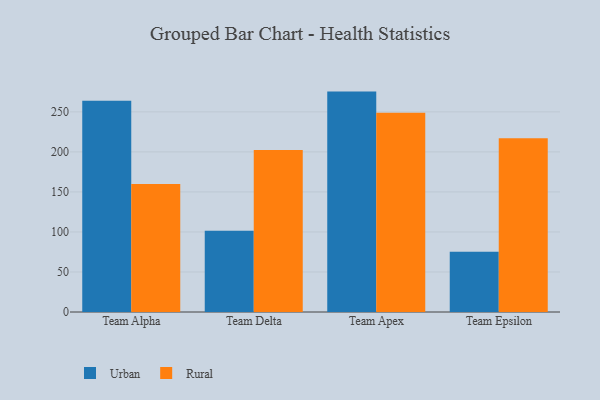
{"axis": {"x": "Team", "y": "Latency (ms)"}, "legend": ["Rural", "Urban"], "data": [{"x": "Team Alpha", "y": 264.0, "type": "Urban"}, {"x": "Team Alpha", "y": 159.9, "type": "Rural"}, {"x": "Team Delta", "y": 101.4, "type": "Urban"}, {"x": "Team Delta", "y": 202.2, "type": "Rural"}, {"x": "Team Apex", "y": 275.3, "type": "Urban"}, {"x": "Team Apex", "y": 248.9, "type": "Rural"}, {"x": "Team Epsilon", "y": 75.2, "type": "Urban"}, {"x": "Team Epsilon", "y": 217.0, "type": "Rural"}]}